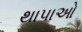
થાપાઓ